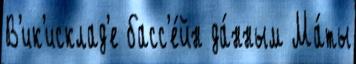
В'ик'исклад'е басс'е́йн да́нным Ма́ты